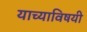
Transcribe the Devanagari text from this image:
याच्याविषयी